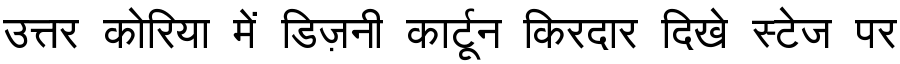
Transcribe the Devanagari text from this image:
उत्तर कोरिया में डिज़नी कार्टून किरदार दिखे स्टेज पर